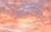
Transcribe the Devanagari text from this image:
आवर्तनात